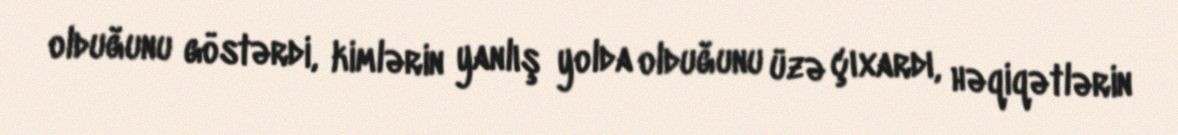
olduğunu göstərdi, kimlərin yanlış yolda olduğunu üzə çıxardı, həqiqətlərin